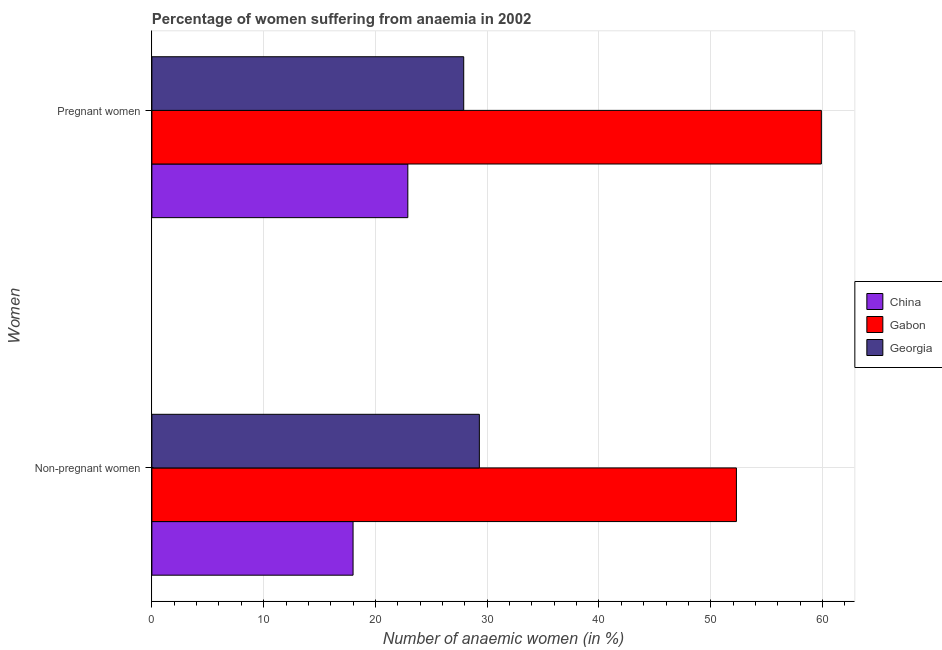
| Women | China | Gabon | Georgia |
 | --- | --- | --- | --- |
 | Non-pregnant women | 18 | 52.3 | 29.3 |
 | Pregnant women | 22.9 | 59.9 | 27.9 |